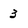
Character: 3